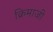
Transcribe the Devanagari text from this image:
क्रिमाजी